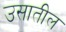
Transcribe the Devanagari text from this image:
उसातील